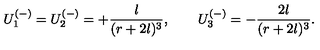
U _ { 1 } ^ { ( - ) } = U _ { 2 } ^ { ( - ) } = + \frac { l } { ( r + 2 l ) ^ { 3 } } , \qquad U _ { 3 } ^ { ( - ) } = - \frac { 2 l } { ( r + 2 l ) ^ { 3 } } .